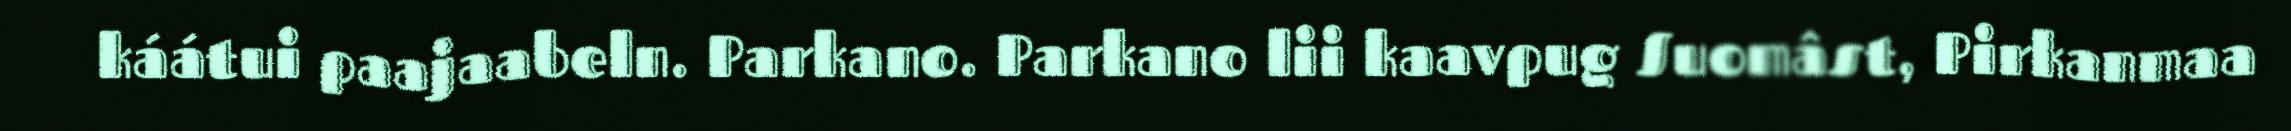
káátui paajaabeln. Parkano. Parkano lii kaavpug Suomâst, Pirkanmaa